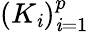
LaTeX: (K_{\mathit{i}})_{\mathit{i}=1}^{p}